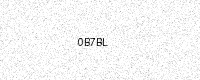
Text: 0B7BL